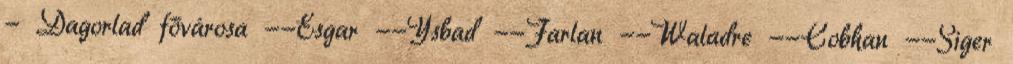
- Dagorlad fővárosa --Esgar --Ysbad --Farlan --Waladre --Cobhan --Siger